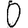
Digit: 0